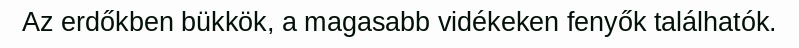
Az erdőkben bükkök, a magasabb vidékeken fenyők találhatók.